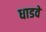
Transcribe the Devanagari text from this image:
धाडवे